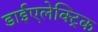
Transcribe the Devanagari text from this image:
डाईएलेक्ट्रिक